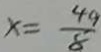
x = \frac { 4 9 } { 8 }